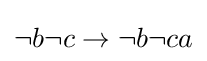
{\textstyle \neg b\neg c\rightarrow \neg b\neg ca}